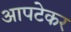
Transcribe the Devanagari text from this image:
आपटेकर